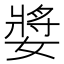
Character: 𭒝